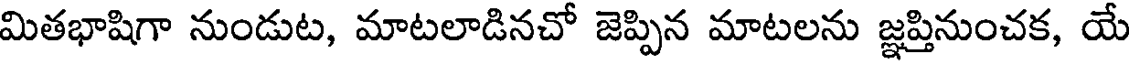
మితభాషిగా నుండుట, మాటలాడినచో జెప్పిన మాటలను జ్ఞప్తినుంచక, యే